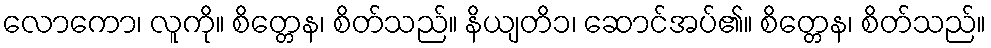
လောကော၊ လူကို။ စိတ္တေန၊ စိတ်သည်။ နိယျတိ၁၊ ဆောင်အပ်၏။ စိတ္တေန၊ စိတ်သည်။